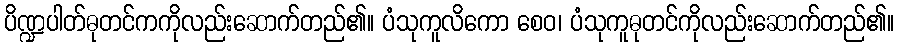
ပိဏ္ဍပါတ်ဓုတင်ကကိုလည်းဆောက်တည်၏။ ပံသုကူလိကော စေဝ၊ ပံသုကူဓုတင်ကိုလည်းဆောက်တည်၏။